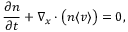
\frac { \partial n } { \partial t } + \nabla _ { \boldsymbol { x } } \cdot \big ( n \langle \boldsymbol { v } \rangle \big ) = 0 ,